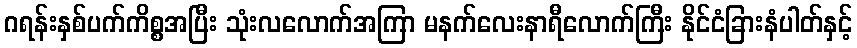
ဂရန်းနှစ်ပက်ကိစ္စအပြီး သုံးလလောက်အကြာ မနက်လေးနာရီလောက်ကြီး နိုင်ငံခြားနံပါတ်နှင့်